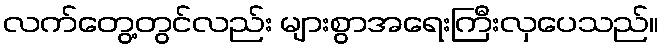
လက်တွေ့တွင်လည်း များစွာအရေးကြီးလှပေသည်။